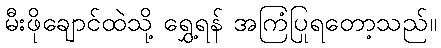
မီးဖိုချောင်ထဲသို့ ရွှေ့ရန် အကြံပြုရတော့သည်။